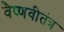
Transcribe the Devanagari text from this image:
वैष्णवीतंत्र